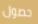
حصول